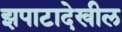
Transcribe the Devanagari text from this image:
झपाटादेखील